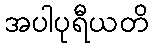
အပါပုရီယတိ